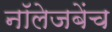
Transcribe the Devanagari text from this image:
नॉलेजबेंच